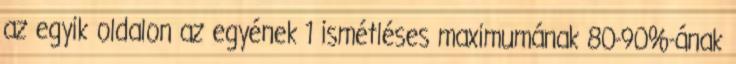
az egyik oldalon az egyének 1 ismétléses maximumának 80-90%-ának